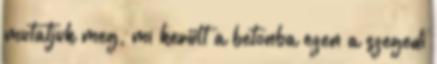
mutatjuk meg, mi került a betonba ezen a szegedi